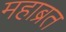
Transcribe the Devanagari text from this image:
महाब्रत